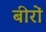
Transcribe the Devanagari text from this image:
बीरों